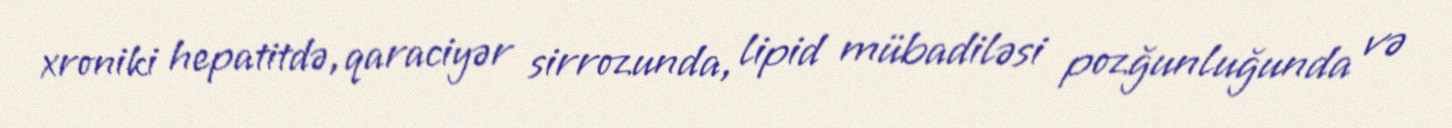
xroniki hepatitdə, qaraciyər sirrozunda, lipid mübadiləsi pozğunluğunda və